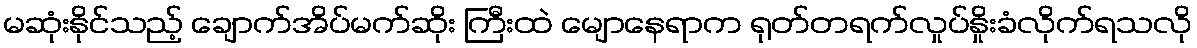
မဆုံးနိုင်သည့် ချောက်အိပ်မက်ဆိုး ကြီးထဲ မျောနေရာက ရုတ်တရက်လှုပ်နှိုးခံလိုက်ရသလို